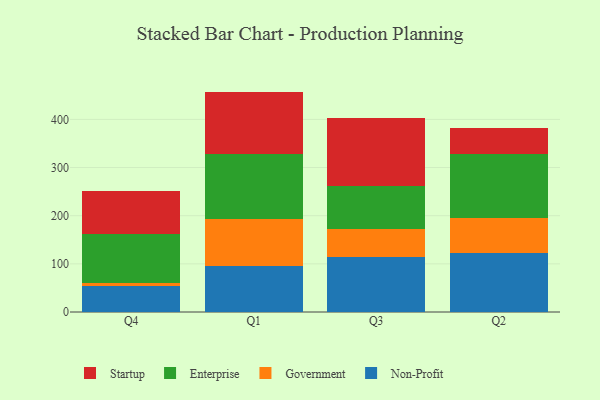
{"axis": {"x": "Quarter", "y": "Waste Production (Tons)"}, "legend": ["Enterprise", "Government", "Non-Profit", "Startup"], "data": [{"x": "Q4", "y": 54.0, "type": "Non-Profit"}, {"x": "Q4", "y": 5.6, "type": "Government"}, {"x": "Q4", "y": 102.3, "type": "Enterprise"}, {"x": "Q4", "y": 88.5, "type": "Startup"}, {"x": "Q1", "y": 95.7, "type": "Non-Profit"}, {"x": "Q1", "y": 97.8, "type": "Government"}, {"x": "Q1", "y": 134.7, "type": "Enterprise"}, {"x": "Q1", "y": 129.5, "type": "Startup"}, {"x": "Q3", "y": 113.8, "type": "Non-Profit"}, {"x": "Q3", "y": 58.2, "type": "Government"}, {"x": "Q3", "y": 89.9, "type": "Enterprise"}, {"x": "Q3", "y": 140.1, "type": "Startup"}, {"x": "Q2", "y": 122.9, "type": "Non-Profit"}, {"x": "Q2", "y": 71.4, "type": "Government"}, {"x": "Q2", "y": 133.9, "type": "Enterprise"}, {"x": "Q2", "y": 54.7, "type": "Startup"}]}